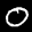
Label: 0